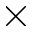
\times